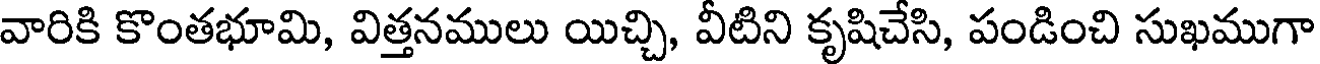
వారికి కొంతభూమి, విత్తనములు యిచ్చి, వీటిని కృషిచేసి, పండించి సుఖముగా